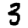
Digit: 3